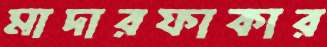
মাদারফাকার